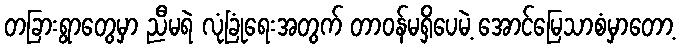
တခြားရွာတွေမှာ ညီမရဲ လုံခြုံရေးအတွက် တာဝန်မရှိပေမဲ့ အောင်မြေသာစံမှာတော့